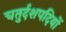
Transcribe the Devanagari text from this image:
चतुर्दशपदियों